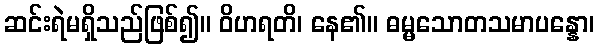
ဆင်းရဲမရှိသည်ဖြစ်၍။ ဝိဟရတိ၊ နေ၏။ ဓမ္မသောတသမာပန္နော၊